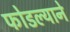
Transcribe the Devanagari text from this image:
फोडल्याने